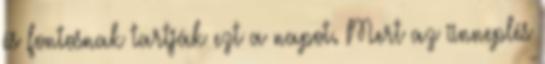
és fontosnak tartják ezt a napot. Mert az ünneplés